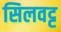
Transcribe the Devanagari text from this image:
सिलवट्ट